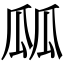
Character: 㼌